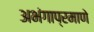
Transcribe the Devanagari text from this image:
अभंगाप्रमाणे